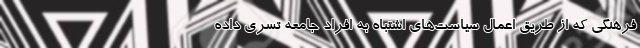
فرهنگی که از طریق اعمال سیاست‌های اشتباه به افراد جامعه تسری داده